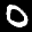
Label: 0